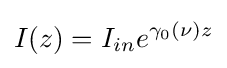
I(z)=I_{in}e^{\gamma _{0}(\nu )z}